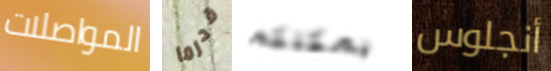
المواصلات قدرما يمكنكم أنجلوس